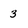
Character: 3